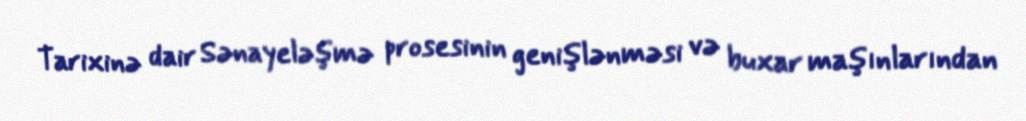
Tarixinə dair Sənayeləşmə prosesinin genişlənməsi və buxar maşınlarından